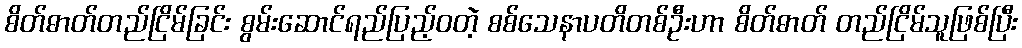
စိတ်ဓာတ်တည်ငြိမ်ခြင်း စွမ်းဆောင်ရည်ပြည့်ဝတဲ့ စစ်သေနာပတိတစ်ဦးဟာ စိတ်ဓာတ် တည်ငြိမ်သူဖြစ်ပြီး